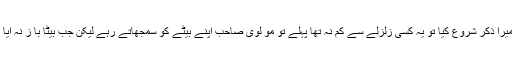
اب جب بیٹے نے گھر میں میرا ذکر شروع کیا تو یہ کسی زلزلے سے کم نہ تھا پہلے تو مو لوی صاحب اپنے بیٹے کو سمجھاتے رہے لیکن جب بیٹا با ز نہ آیا تو یہ خو د میرے پاس آگیا ۔